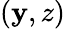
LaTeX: (\mathbf{y},z)